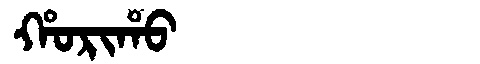
Manchu: ᡥᠣᡵᡳᡥᠣ
Romanization: HORIHO